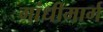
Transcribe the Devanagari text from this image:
गांधीमार्ग